Madras plague regulations in force outside the Presidency town - Volume 6
Disease focus: Plague
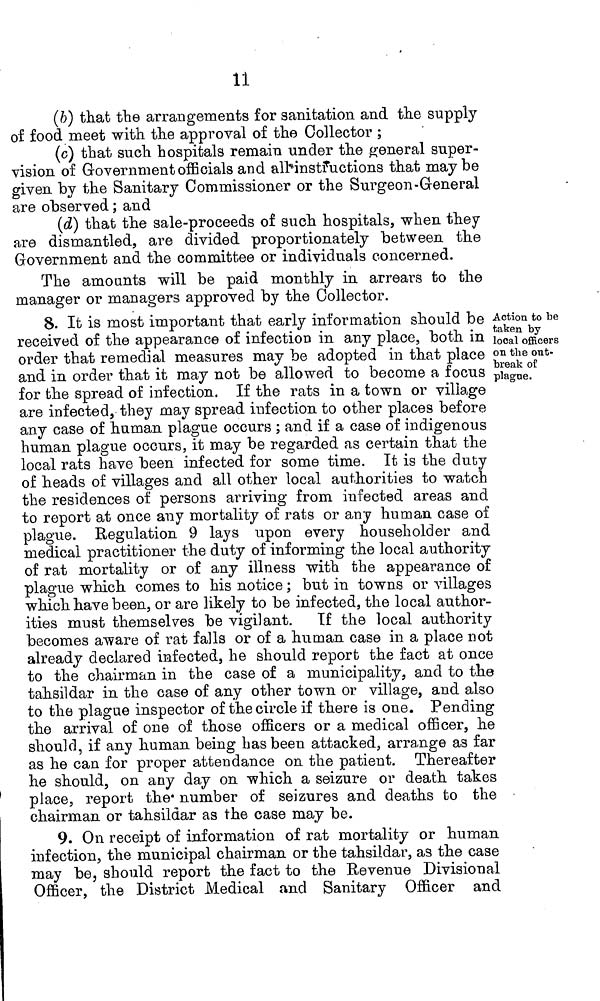
11
(b) that the arrangements for sanitation and the supply
of food meet with the approval of the Collector ;
(c) that such hospitals remain under the general super-
vision of Government officials and all instructions that may be
given by the Sanitary Commissioner or the Surgeon-General
are observed ; and
(d) that the sale-proceeds of such hospitals, when they
are dismantled, are divided proportionately between the
Government and the committee or individuals concerned.
The amounts will be paid monthly in arrears to the
manager or managers approved by the Collector.
8. It is most important that early information should be
received of the appearance of infection in any place, both in
order that remedial measures may be adopted in that place
and in order that it may not be allowed to become a focus
for the spread of infection. If the rats in a town or village
are infected, they may spread infection to other places before
any case of human plague occurs ; and if a case of indigenous
human plague occurs, it may be regarded as certain that the
local rats have been infected for some time. It is the duty
of heads of villages and all other local authorities to watch
the residences of persons arriving from infected areas and
to report at once any mortality of rats or any human case of
plague. Regulation 9 lays upon every householder and
medical practitioner the duty of informing the local authority
of rat mortality or of any illness with the appearance of
plague which comes to his notice ; but in towns or villages
which have been, or are likely to be infected, the local author-
ities must themselves be vigilant. If the local authority
becomes aware of rat falls or of a human case in a place not
already declared infected, he should report the fact at once
to the chairman in the case of a municipality, and to the
tahsildar in the case of any other town or village, and also
to the plague inspector of the circle if there is one. Pending
the arrival of one of those officers or a medical officer, he
should, if any human being has been attacked, arrange as far
as he can for proper attendance on the patient. Thereafter
he should, on any day on which a seizure or death takes
place, report the number of seizures and deaths to the
chairman or tahsildar as the case may be.
Action to be
taken by
local officers
on the out-
break of
plague.
9. On receipt of information of rat mortality or human
infection, the municipal chairman or the tahsildar, as the case
may be, should report the fact to the Revenue Divisional
Officer, the District Medical and Sanitary Officer and